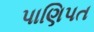
પાણિપત